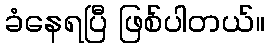
ခံနေရပြီ ဖြစ်ပါတယ်။